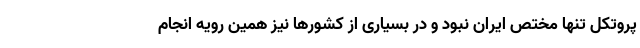
پروتکل تنها مختص ایران نبود و در بسیاری از کشورها نیز همین رویه انجام